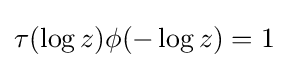
\tau (\log z)\phi (-\log z)=1